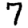
Digit: 7